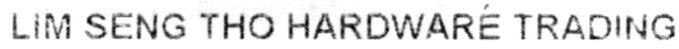
LIM SENG THO HARDWARE TRADING